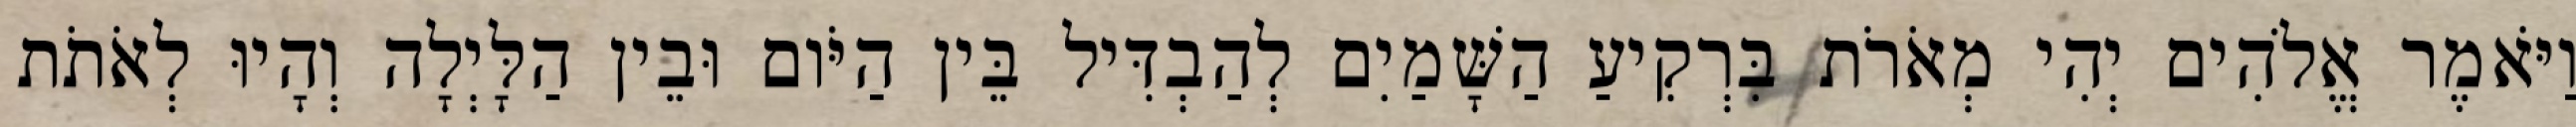
וַיֹּאמֶר אֱלֹהִים יְהִי מְאֹרֹת בִּרְקִיעַ הַשָּׁמַיִם לְהַבְדִּיל בֵּין הַיֹּום וּבֵין הַלָּיְלָה וְהָיוּ לְאֹתֹת